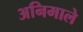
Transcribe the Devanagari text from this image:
अनिमाले